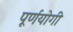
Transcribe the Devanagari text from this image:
पूर्णयोगी